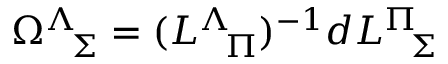
\Omega _ { \ \ \Sigma } ^ { \Lambda } = ( L _ { \ \ \Pi } ^ { \Lambda } ) ^ { - 1 } d L _ { \ \ \Sigma } ^ { \Pi }